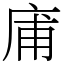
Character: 庯